Vaccination in the Punjab 1883-1896 - 1883-1896
Year: 1883
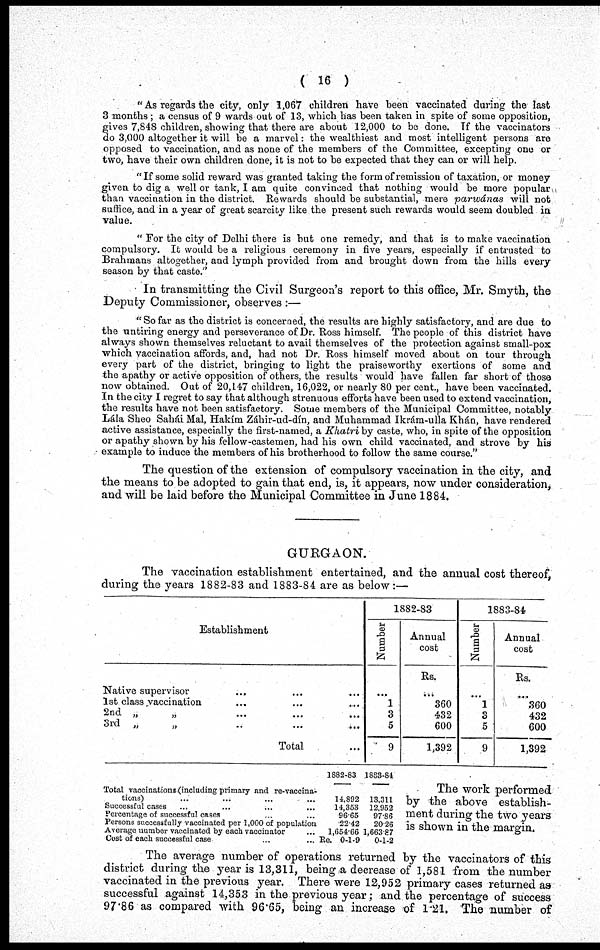
( 16 )
" As regards the city, only 1,067 children have been vaccinated during the last
3 months ; a census of 9 wards out of 13, which has been taken in spite of some opposition,
gives 7,848 children, showing that there are about 12,000 to be done. If the vaccinators
do 3,000 altogether it will be a marvel: the wealthiest and most intelligent persons are
opposed to vaccination, and as none of the members of the Committee, excepting one or
two, have their own children done, it is not to be expected that they can or will help.
"If some solid reward was granted taking the form of remission of taxation, or money
given to dig a well or tank, I am quite convinced that nothing would be more popular
than vaccination in the district. Rewards should be substantial, mere parwánas will not
suffice, and in a year of great scarcity like the present such rewards would seem doubled in
value.
" For the city of Delhi there is but one remedy, and that is to make vaccination
compulsory. It would be a religious ceremony in five years, especially if entrusted to
Brahmans altogether, and lymph provided from and brought down from the hills every
season by that caste."
In transmitting the Civil Surgeon's report to this office, Mr. Smyth, the
Deputy Commissioner, observes :—
" So far as the district is concerned, the results are highly satisfactory, and are due to
the untiring energy and perseverance of Dr. Ross himself. The people of this district have
always shown themselves reluctant to avail themselves of the protection against small-pox
which vaccination affords, and, had not Dr. Ross himself moved about on tour through
every part of the district, bringing to light the praiseworthy exertions of some and
the apathy or active opposition of others, the results would have fallen far short of those
now obtained. Out of 20,147 children, 16,022, or nearly 80 per cent., have been vaccinated.
In the city I regret to say that although strenuous efforts have been used to extend vaccination,
the results have not been satisfactory. Some members of the Municipal Committee, notably
Lála Sheo Sahái Mal, Hakím Záhir-ud-dín, and Muhammad Ikrám-ulla Khán, have rendered
active assistance, especially the first-named, a Khatri by caste, who, in spite of the opposition
or apathy shown by his fellow-castemen, had his own child vaccinated, and strove by his
example to induce the members of his brotherhood to follow the same course."
The question of the extension of compulsory vaccination in the city, and
the means to be adopted to gain that end, is, it appears, now under consideration,
and will be laid before the Municipal Committee in June 1884.
GURGAON.
The vaccination establishment entertained, and the annual cost thereof,
during the years 1882-83 and 1883-84 are as below:—
Establishment
Native supervisor ... ... ...
1st class vaccination ... ... ...
2nd „
„ ... ... ...
3rd „ „ ... ... ...
Total ...
1882-83
Number
...
1
3
5
9
Annual
cost
Rs.
...
360
432
600
1,392
1883-84
Number
...
1
3
5
9
Annual
cost
Rs.
...
360
432
600
1,392
Total vaccinations (including primary and re-vaccina-
tions) ... ... ... ...
Successful cases ... ... ... ...
Percentage of successful cases ... ...
Persons successfully vaccinated per 1,000 of population
Average number vaccinated by each vaccinator ...
Cost of each successful case ... ...
1882-83
11,892
14,353
96.65
22.42
1,654.66
Re. 0-1-9
1883-84
13,311
12,952
97.86
20.26
1,663.87
0-1-2
The work performed
by the above establish-
ment during the two years
is shown in the margin.
The average number of operations returned by the vaccinators of this
district during the year is 13,311, being a decrease of 1,581 from the number
vaccinated in the previous year. There were 12,952 primary cases returned as
successful against 14,353 in the previous year; and the percentage of success
97.86 as compared with 96.65, being an increase of 1.21, The number of